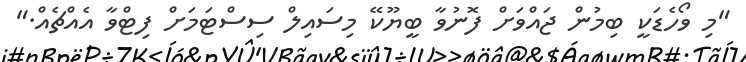
"މި ވޯހެޑަކީ ބިމުން ޖައްވަށް ފޮނުވާ ބީޔޫކޭ މިސައިލް ސިސްޓަމަށް ފިޓްވާ އެއްޗެއް."